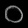
Digit: ၀